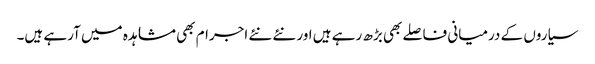
سیاروں کے درمیانی فاصلے بھی بڑھ رہے ہیں اور نئے نئے اجرام بھی مشاہدہ میں آرہے ہیں۔